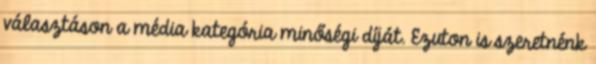
választáson a média kategória minőségi díját. Ezuton is szeretnénk